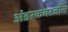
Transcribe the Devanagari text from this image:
अंडरकवरजींस